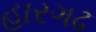
હારગઢ